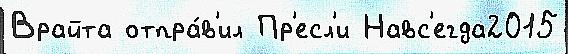
Врайта отпра́в'ил Пр'есл'и Навс'егда2015